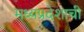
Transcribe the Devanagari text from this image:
मध्‍यप्रदेशाची